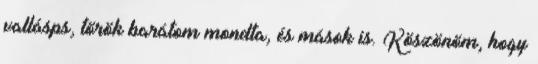
vallásps, török barátom mondta, és mások is. Köszönöm, hogy